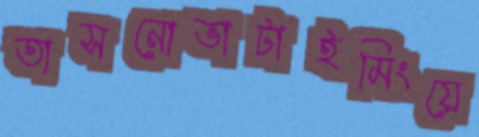
তাসনোভাটাইমিংয়ে